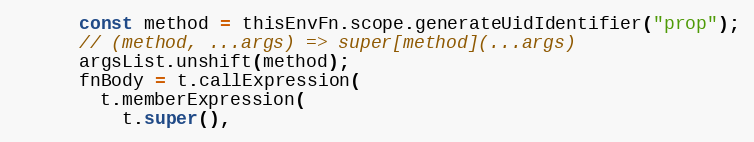
Language: JavaScript
      const method = thisEnvFn.scope.generateUidIdentifier("prop");
      // (method, ...args) => super[method](...args)
      argsList.unshift(method);
      fnBody = t.callExpression(
        t.memberExpression(
          t.super(),